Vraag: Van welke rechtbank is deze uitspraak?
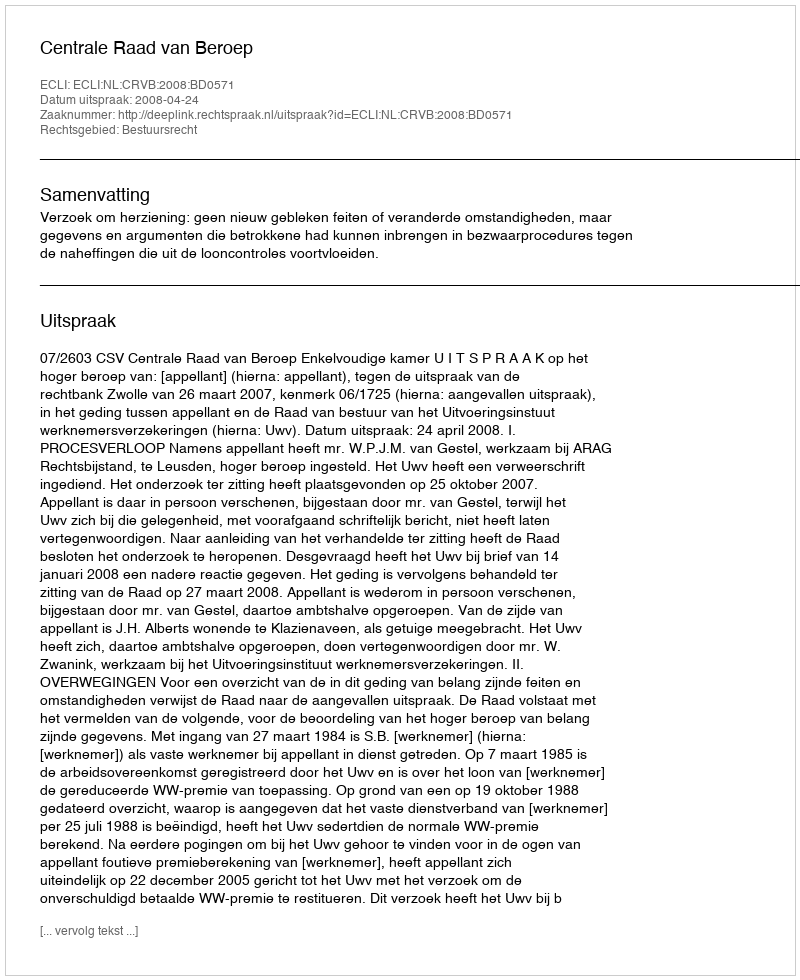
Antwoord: Centrale Raad van Beroep